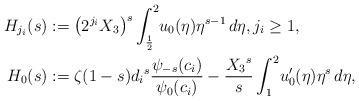
LaTeX: \begin{align*} H_{j_i}(s) &:= \left( 2^{j_i} X_3 \right)^s \int_\frac12^2 \! u_0(\eta) \eta^{s - 1} \, d\eta, j_i \geq 1, \\ H_0(s) &:= \zeta(1 - s) {d_i}^s \frac{ \psi_{-s}(c_i) }{ \psi_0(c_i) } - \frac{ {X_3}^s }s \int_1^2 \! u_0'(\eta) \eta^s \, d\eta,\end{align*}